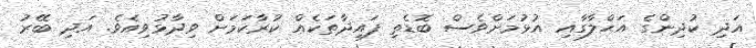
އަދި ކުދިންގެ އަޙްލާގާއި އުޅުމަށްވެސް ބޮޑެތި ފައިދާތަކެއް ކުރާކަމަށް ވިދާޅުވިއެވެ. އަދި ބޭރު